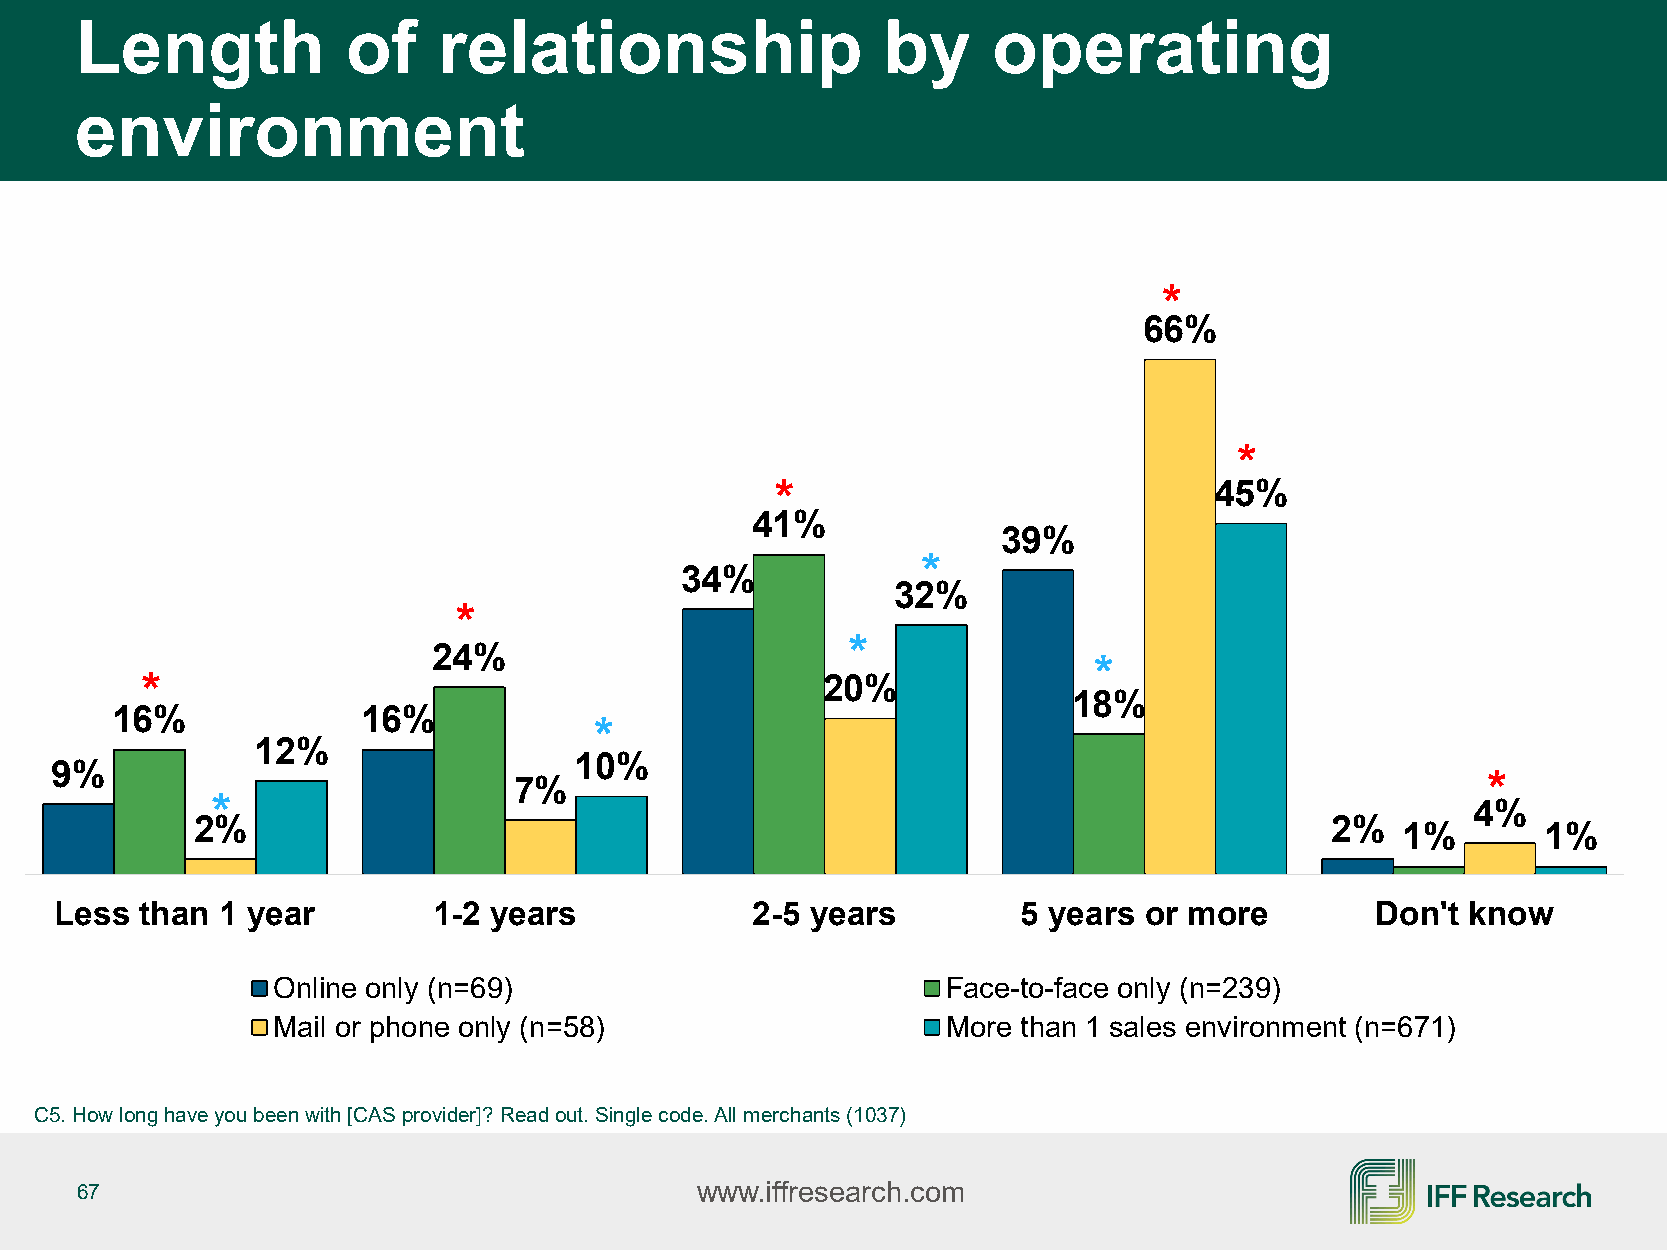
Length            of    relationship                 by      operating
 environment
 *
 66%
 *
 *                            45%
 41%
 39%
 *
 34%
 32%
 *
 *
 24%
 *
 *                                            20%
 18%
 16%              16%
 *
 12%
 10%
 9%
 7%                                                              *
 *                                                                                   4%
 2%                                                                         2%
 1%       1%
 Less than  1 year        1-2 years            2-5 years         5 years or more        Don't know
 Online only (n=69)                           Face-to-face only (n=239)
 Mail or phone only (n=58)                    More than 1 sales environment (n=671)
 C5. How long have you been with [CAS provider]? Read out. Single code. All merchants (1037)
 67                                       www.iffresearch.com